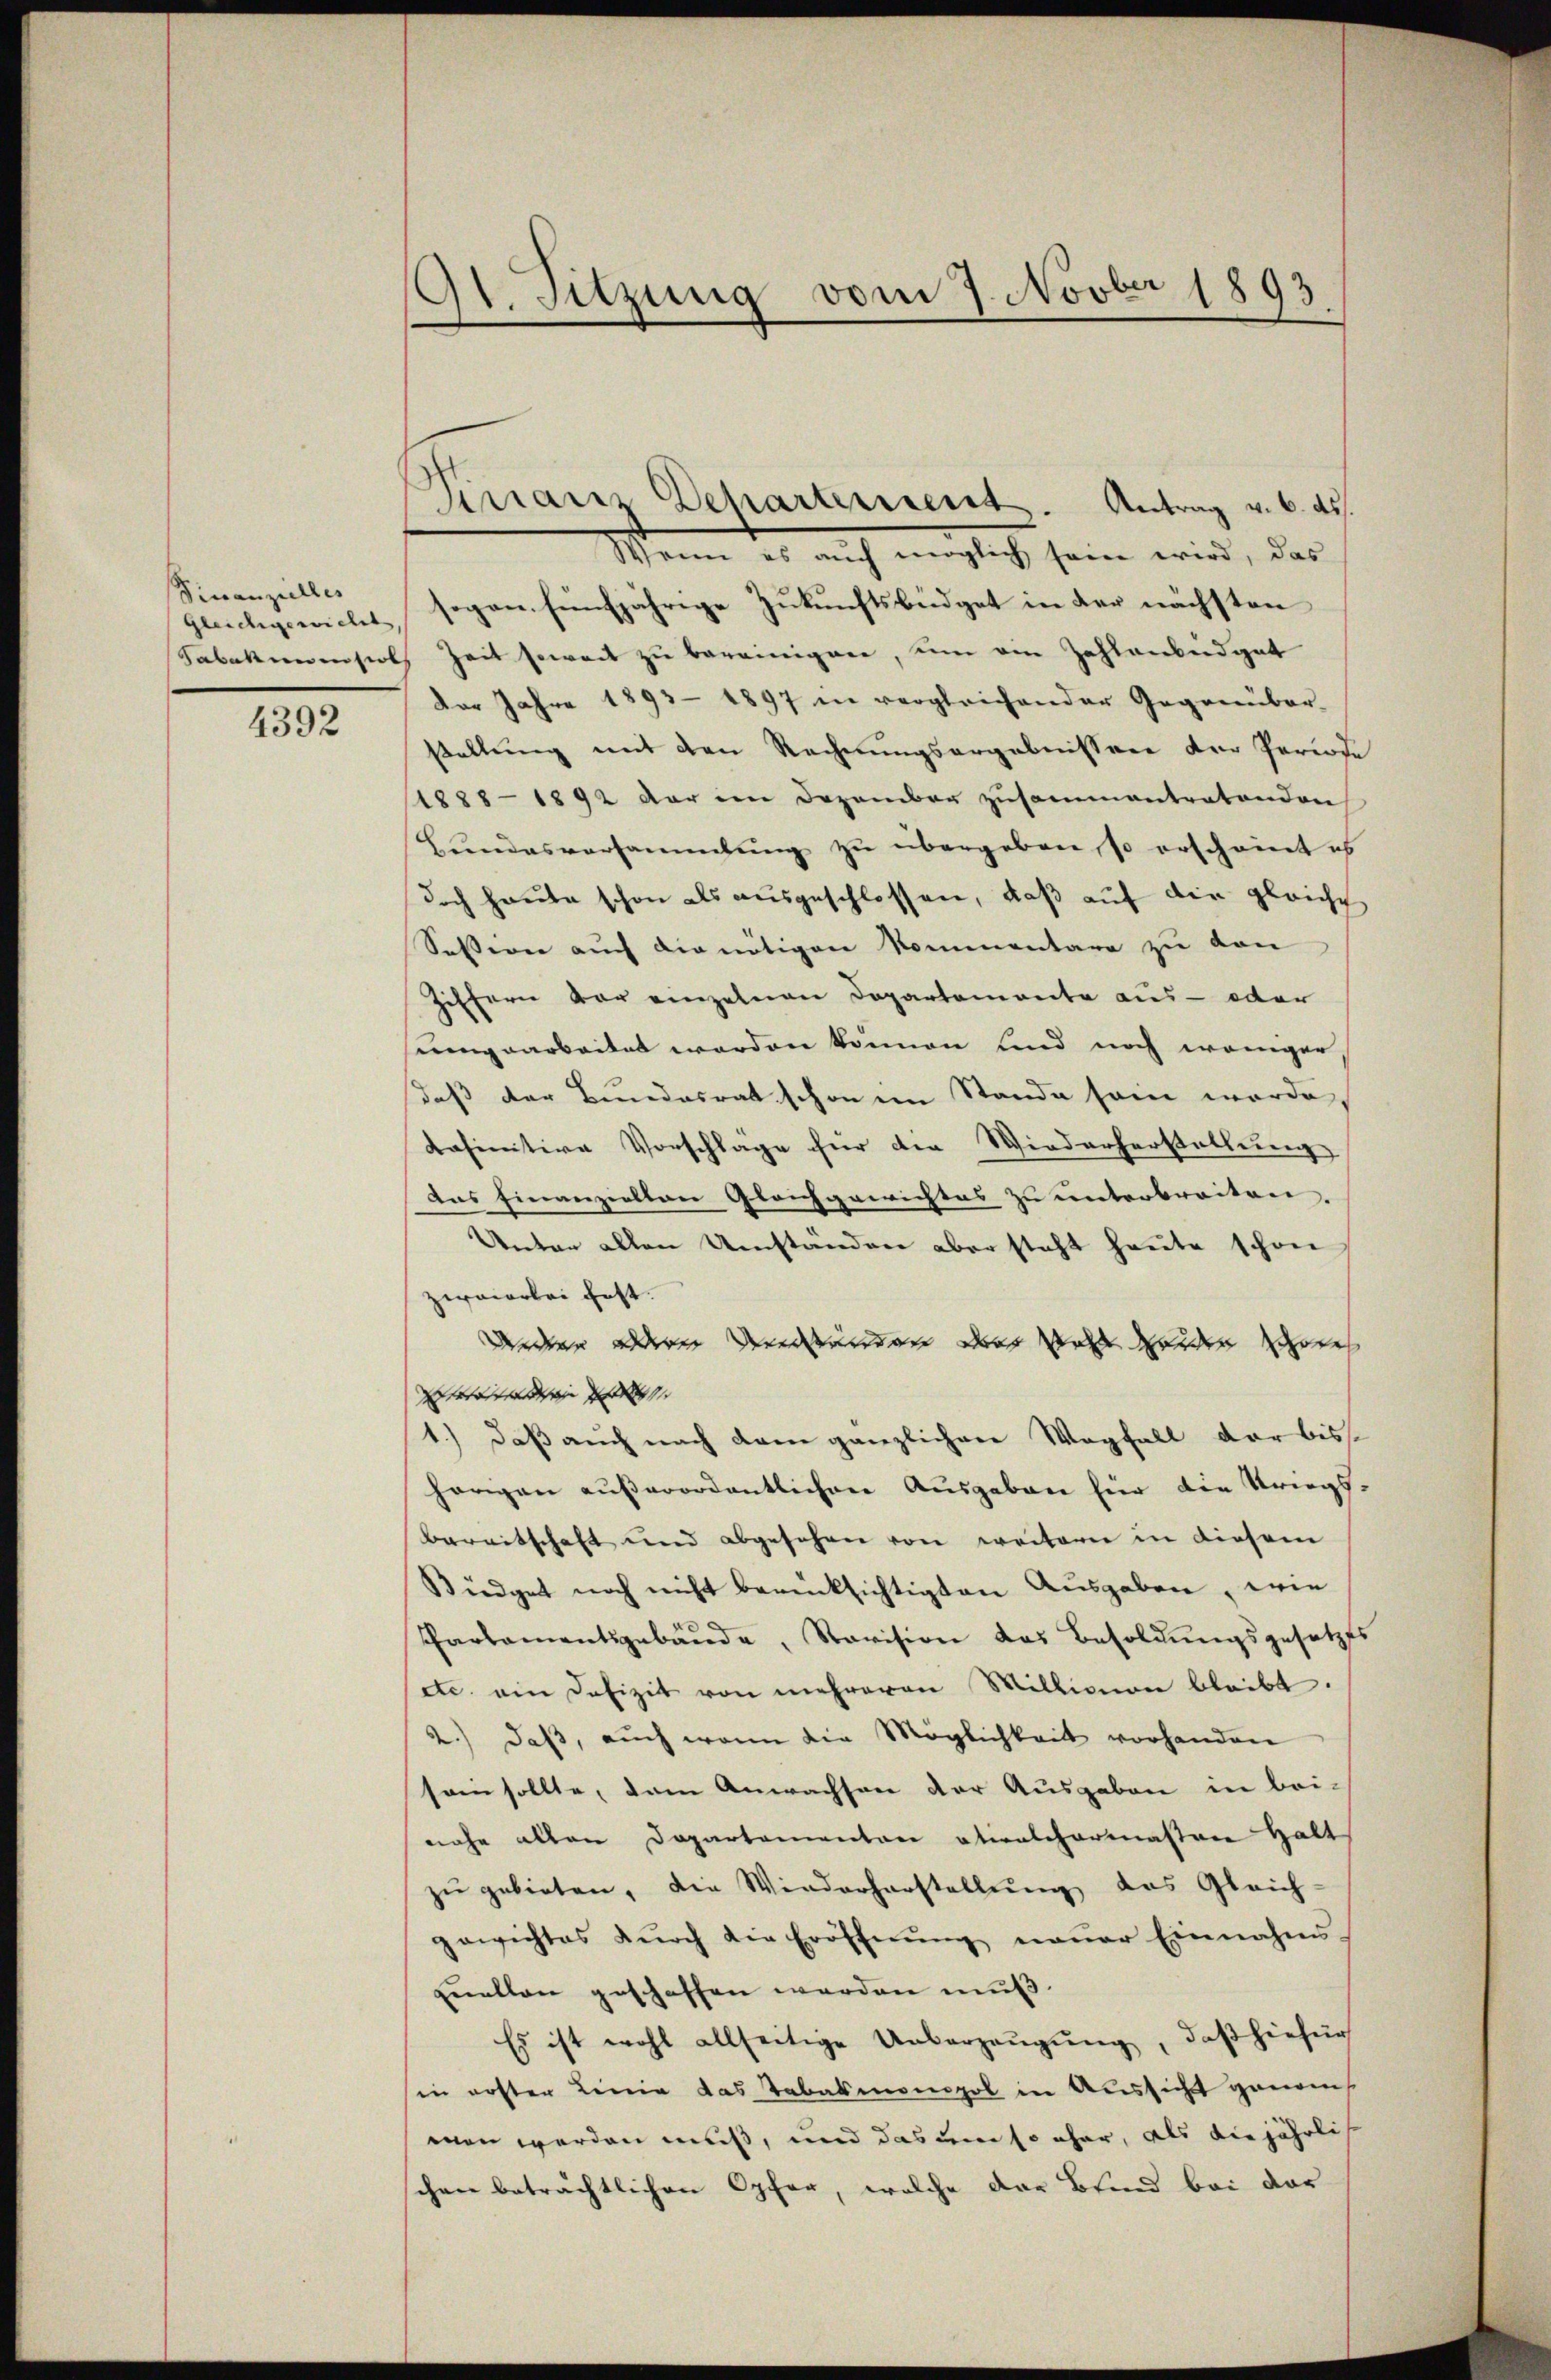
Finanzielles
Gleichgewicht,

4392

9t. Sitzung vom 7. Novber 1893

Finanz Departement. Antrag v. 6. ds.

Wenn es auch möglich sein wird, das
sogen fünfjährige Zukunftsbüdget in der nächsten
Sabakamension Zeit soweit zu bereinigene, um ein Zahlenbergut
Der Jahre 1893 - 1897 in vergleichender Gegenüber-
stellung mit den Rechnungsergebnissen der Periode
(1888 - 1892 der im Dezember zusammentratenden
Bŭndesversammlung zu übergeben, so erscheint is
doch heute schon als ausgeschlossen, daß auf die gleiche
Session auch die nötigen Kommentare zu von
Ziffern vor einzelnen Departemente aus- oder
unngaarbeitet werden können und noch weniger,
daß der Bundesrat schon im Stande sein werde,
Kasinitive Vorschlage für die Wiederherstellung
Das finanziellen Gleichgewichtes zu unterbreiten.
Unter allen Umständen aber steht heute schon
zweierlei fest.
Andern anderen dererbänderer durch wolle weder Zerte |
Beratralstrige des |
1.) daß auch nach dem gänzlichere Wegfall der biss
hörigen außerordentlichen Ausgaben für die Kriegs¬
Bereitschaft und abgesehen von weiterer in diesem
Büdget noch nicht berücksichtigten Ausgaben, wie
Parlamentsgebäŭde, Revision das Besoldungsgesetzes
setc. ein Defizit von mehreren Milligion bleibt.
2.) daß, auch wenn die Möglichkeit vorhanden
sein sollte, dem Anwachsen der Ausgaben in bei-
nahe allen Departementen etwelchermaßen Halt
zŭ gebieten, die Wiederherstellŭng des Gleich-
gewichtes dŭrch die Eröffnŭng naṅer Einnahms-
Enellen geschaffen werden mŭβ.
Es ist wohl allseitige Ueberzeŭgŭng, daβ hiefür
in erster Linie das Tabakmonopol in Aussicht genom
men werden muß, und das um so eher, als die jährlich
chen beträchtlichen Opfer, welche das Blind bei der